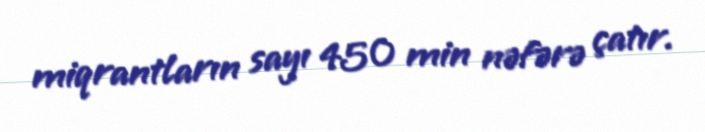
miqrantların sayı 450 min nəfərə çatır.